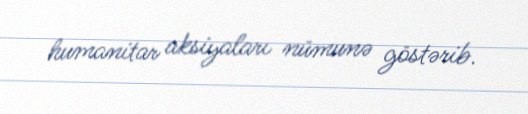
humanitar aksiyaları nümunə göstərib.